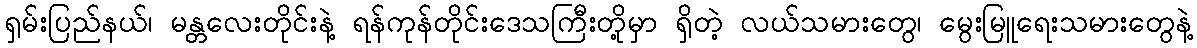
ရှမ်းပြည်နယ်၊ မန္တလေးတိုင်းနဲ့ ရန်ကုန်တိုင်းဒေသကြီးတို့မှာ ရှိတဲ့ လယ်သမားတွေ၊ မွေးမြူရေးသမားတွေနဲ့